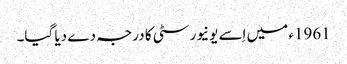
1961ء میں اِسے یونیورسٹی کا درجہ دے دیا گیا۔